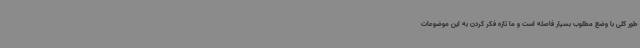
طور کلی با وضع مطلوب بسیار فاصله است و ما تازه فکر کردن به این موضوعات